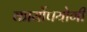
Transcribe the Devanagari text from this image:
कार्योपयोगी